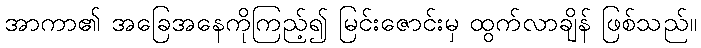
အာကာ၏ အခြေအနေကိုကြည့်၍ မြင်းဇောင်းမှ ထွက်လာချိန် ဖြစ်သည်။